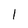
Character: l